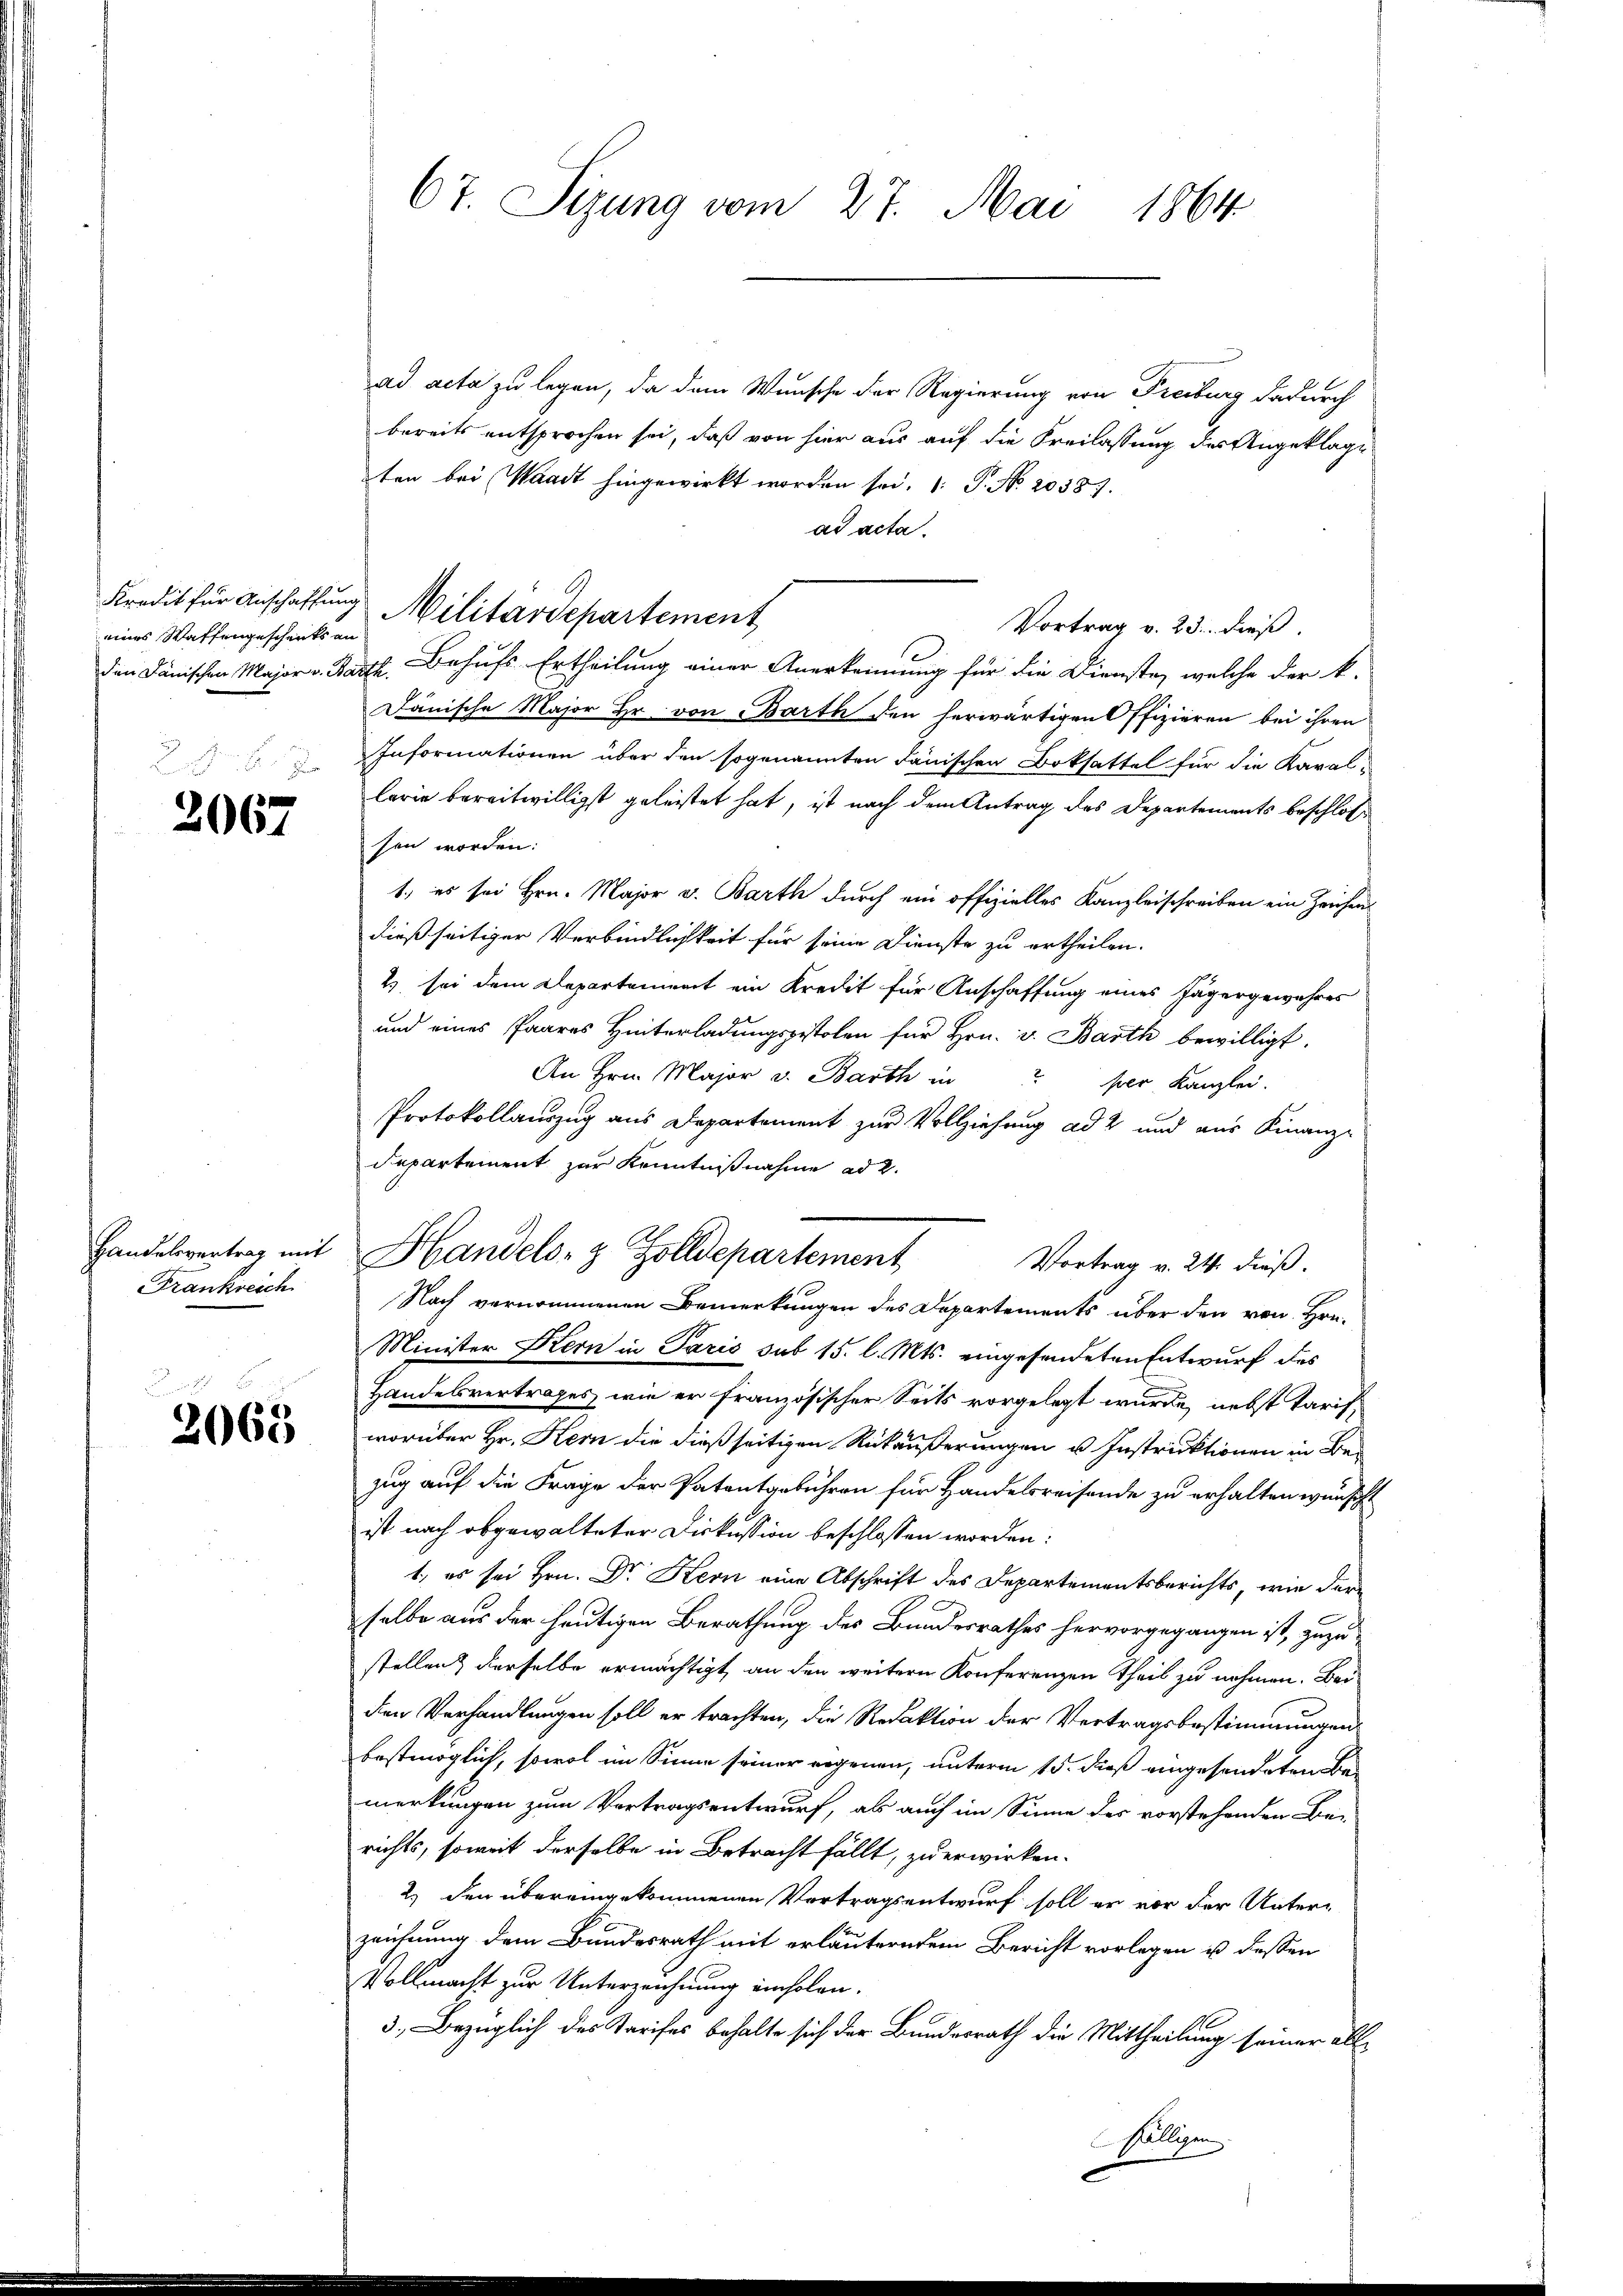
Kredit für Anschaffung
eines Waffengeschenks an

2067

Handelsvertrag mit
Frankreich

u
2068

67. Sizung vom 27. Mai 1864

ad acta zu legen, da dem Wunsche der Regierung von Freiburg dadurch
bereits entsprochen sei, daß von hier aus auf die Freilassung des Angeklage
ten bei Waadt hingewirkt worden sei. P. No 20387.
ad acta.
Vortrag v. 23. dieß.
den Dänischen Major v. Barth. Behufs Ertheilung einer Anerkennung für die Dienste, welche der k.
Janische Major Hr. von Barth den herwärtigen Offizieren bei ihren
Informationen über den sogenannten danischen Bokhattel für die Kavallerie bereitwilligst geleistet hat, ist nach dem Antrag des Departements beschloss
sen worden:
1., es sei Hrn. Major v. Barth durch ein offizielles Kanzleischreiben ein Zeichen
dießseitiger Verbindlichkeit für seine Dienste zu ertheilen.
2. sei dem Departement ein Kredit für Anschaffung eines Jägergewahres
und eines Paares Hinterladungspistolen für Hrn. v. Barth bewilligt.
An Hrn. Major v. Barth in per Kanzlei.
Protokollauszug aus Departement zur Vollziehung ad 2 und aus Finanz-
departement zur Kenntnißnahme ad 2.
Handels- & Zolldepartement
Vortrag v. 24. dieß.
Nach vernommenen Bemerkungen des Departements über den von Hrn.
Minister Kern in Paris sub 15. l. Mts. eingesendeten Entwurf des
Handelsvertrages, wie er französischer Seits vorgelegt wurde, nebst Tarifworüber Hr. Stern die dießseitigen Rückäußerungen u Instruktionen in Bezug auf die Frage der Patentgebühren für Handelsreisende zu erhalten wünsche
ist nach abgewalteter Diskussion beschlossen worden:
1, es sei Hrn. Dr. Kern eine Abschrift des Departementsberichts, wie der
selbe aus der heutigen Berathung des Bundesrathes hervorgegangen ist, zuzustellen & derselbe ermächtigt, an den weitern Konferenzen Theil zu nehmen. Bei
den Verhandlungen soll er trachten, die Redaktion der Vertragsbestimmungen
bestmöglich, sowol im Sinne seiner regenen, unterm 15. dieß eingesonderten Be-
merkungen zum Vortragsentwurf, als auch im Sinne des vorstehenden Be-
richts, soweit derselbe in Betracht fällt, zu erwirken.
2.) den übereingekommenen Vortragsentwurf soll er vor der Unter-
zeichnung dem Bundesrath mit erläuterndem Bericht vorlegen u dessen
Vollmacht zur Unterzeichnung einholen.
3. Bezüglich des Tarifes behalte sich der Bundesrath die Mittheilung seiner allilligen

Militardepartement